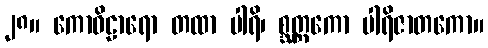
၂၈။ ကောဝိဠာရော တထာ ပါရိ၊ စ္ဆတ္တကော ပါရိဇာတကော။